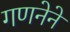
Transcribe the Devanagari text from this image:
गणनेने